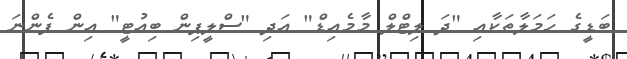
ބަޑީގެ ހަމަލާތަކާއި "ދަ ލިޓްލް މާމެއިޑް" އަދި "ސްލީޕިން ބިއުޓީ" އިން ފެންނަ